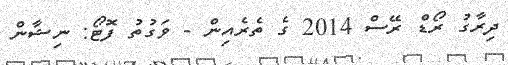
ދިރާގު ރޯޑް ރޭސް 2014 ގެ ތެރެއިން - ވަގުތު ފޮޓޯ: ނިޝާން